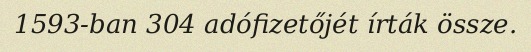
1593-ban 304 adófizetőjét írták össze.